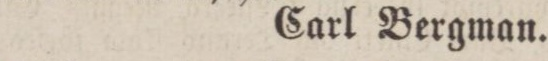
Carl Bergman.